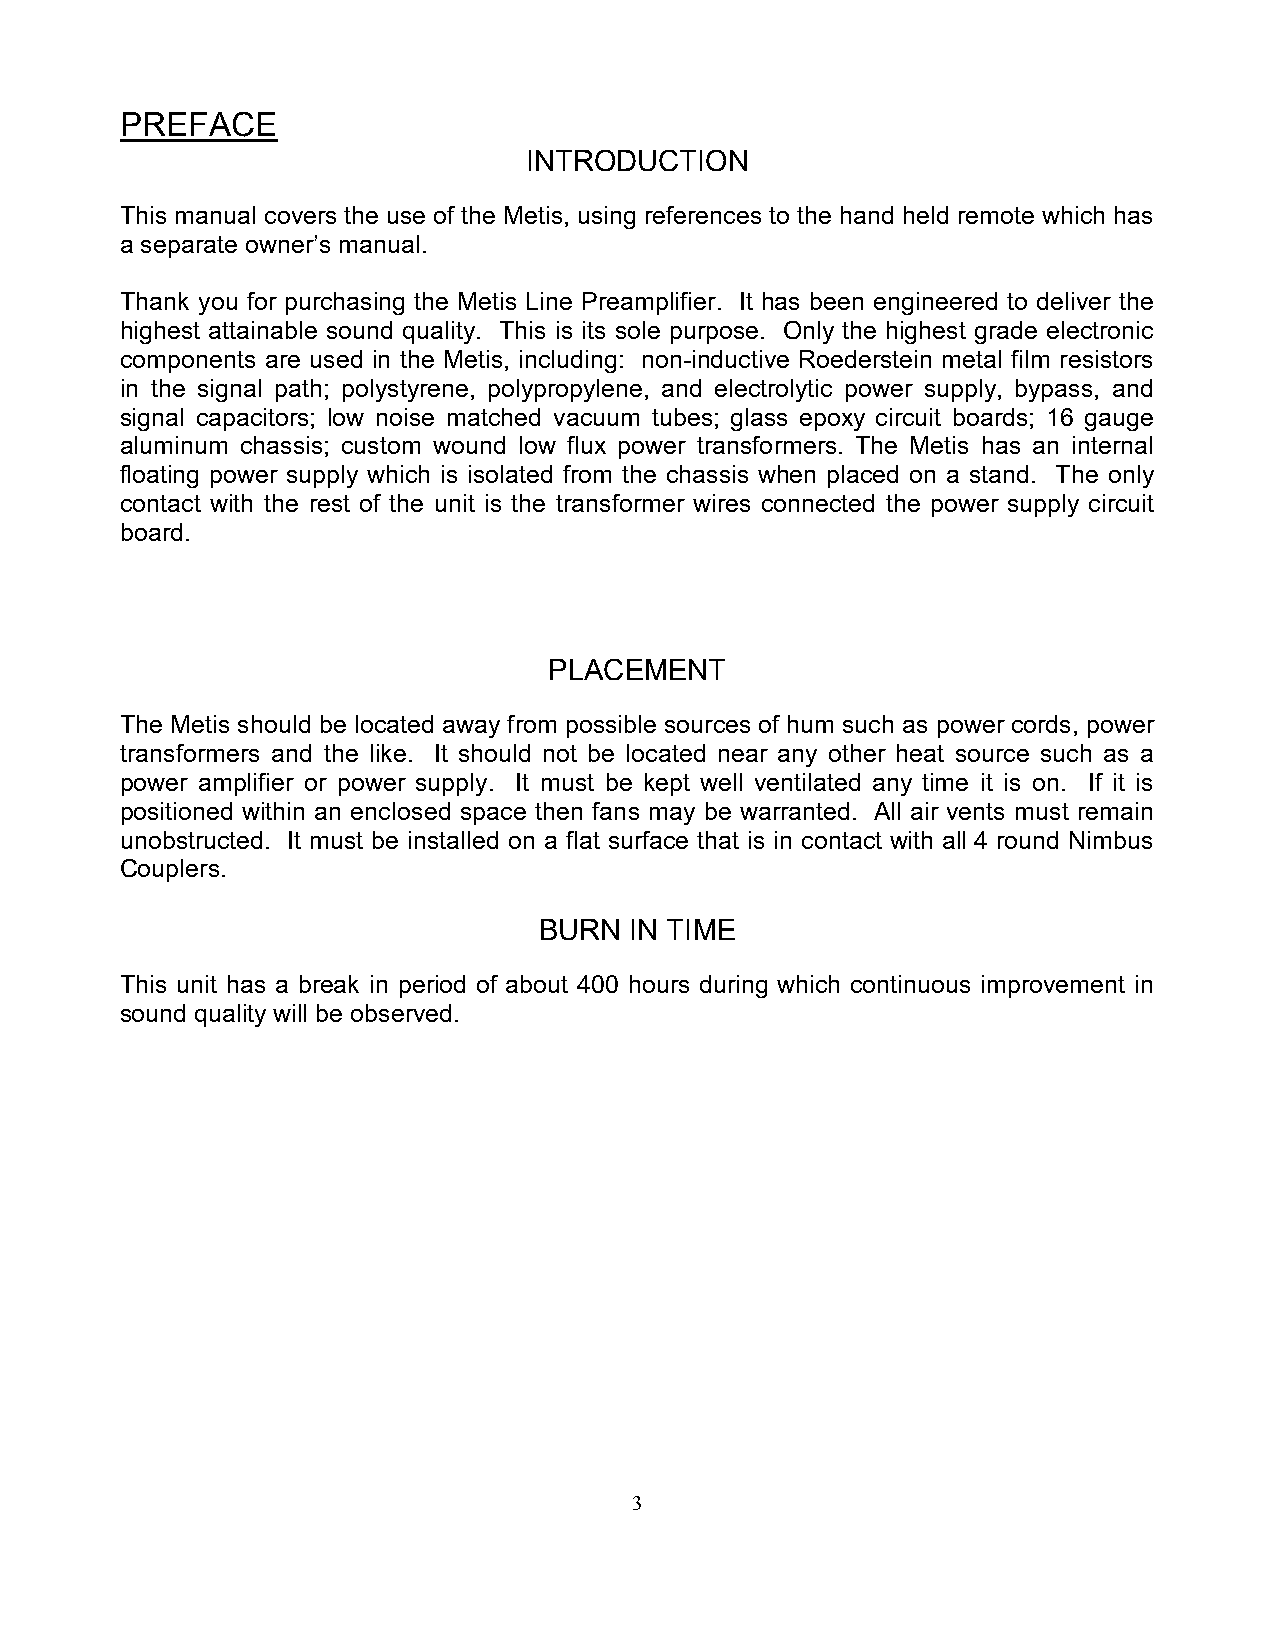
PREFACE
 INTRODUCTION
 This manual covers the use of the Metis, using references to the hand held remote which has
 a separate owner’s manual.
 Thank you for purchasing the Metis Line Preamplifier. It has been engineered to deliver the
 highest attainable sound quality. This is its sole purpose. Only the highest grade electronic
 components are used in the Metis, including: non-inductive Roederstein metal film resistors
 in the signal path; polystyrene, polypropylene, and electrolytic power supply, bypass, and
 signal capacitors; low noise matched vacuum tubes; glass epoxy circuit boards; 16 gauge
 aluminum chassis; custom wound low flux power transformers. The Metis has an internal
 floating power supply which is isolated from the chassis when placed on a stand. The only
 contact with the rest of the unit is the transformer wires connected the power supply circuit
 board.
 PLACEMENT
 The Metis should be located away from possible sources of hum such as power cords, power
 transformers and the like. It should not be located near any other heat source such as a
 power amplifier or power supply. It must be kept well ventilated any time it is on. If it is
 positioned within an enclosed space then fans may be warranted. All air vents must remain
 unobstructed. It must be installed on a flat surface that is in contact with all 4 round Nimbus
 Couplers.
 BURN  IN TIME
 This unit has a break in period of about 400 hours during which continuous improvement in
 sound quality will be observed.
 3